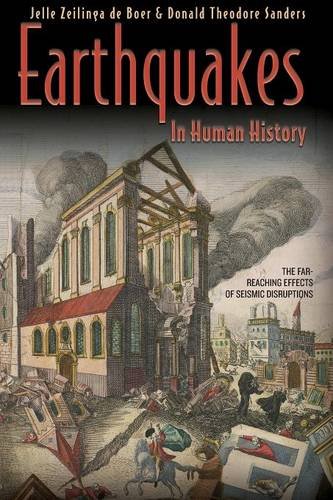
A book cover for Earthquakes in Human History: The Far-Reaching Effects of Seismic Disruptions; Jelle Zeilinga de Boer; Science & Math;